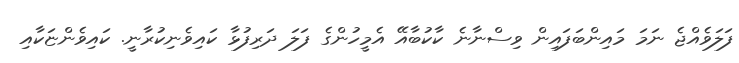
ފަލަވެއްޖެ ނަމަ މައިންބަފައިން ވިސްނާނެ ކާކުބާއޭ އެމީހުންގެ ފަލަ ދަރިފުޅާ ކައިވެނިކުރާނީ. ކައިވެންޏަކާއި